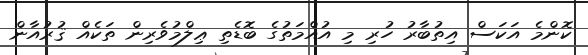
ކޮންމެ އަކަސް އިތުބާރު ހުރި މި އުއްމަތުގެ ބޮޑެތި ޢިލްމުވެރިން ތަކެއް ޤުރުއާން